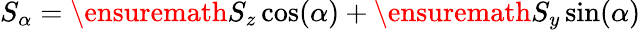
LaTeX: {S_{\alpha}=\ensuremath{S_{z}}\cos(\alpha)+\ensuremath{S_{y}}\sin(\alpha)}